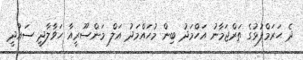
ދެ ޙަރަމްފުޅުގެ ތަރްޖަމާނު އަހްމަދު ބިން މުޙައްމަދު އަލް މަންސޫރީއާ ހަވާލާދީ ސައުދީ